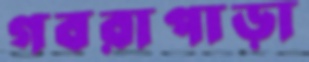
গবরাপাড়া